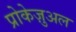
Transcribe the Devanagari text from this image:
प्रोकेज़ुअल